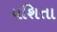
યશિતા